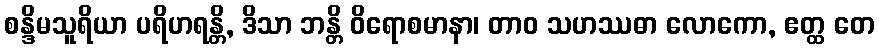
စန္ဒိမသူရိယာ ပရိဟရန္တိ, ဒိသာ ဘန္တိ ဝိရောစမာနာ၊ တာဝ သဟဿဓာ လောကော, ဧတ္ထ တေ